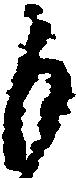
も